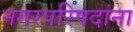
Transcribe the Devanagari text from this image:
नगरपरिषदांना